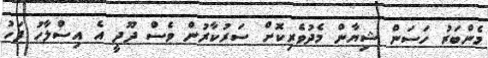
މެންބަރު ހަސަން ޝިޔާން މެދުވެރިކޮށް ސަރުކާރުން ވެސް ދޫދީ އެ އިސްލާހު ފަހު